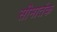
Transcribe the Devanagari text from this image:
सीमातंक